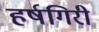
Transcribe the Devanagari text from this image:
हर्षगिरी